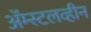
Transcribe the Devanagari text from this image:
ॲम्स्टलव्हीन